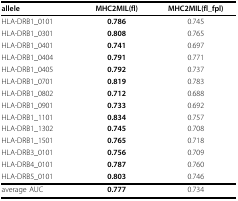
<table><thead><tr><td><b>allele</b></td><td><b>MHC2MIL(fl)</b></td><td><b>MHC2MIL(fl_fpl)</b></td></tr></thead><tbody><tr><td>HLA-DRB1_0101</td><td><b>0.786</b></td><td>0.745</td></tr><tr><td>HLA-DRB1_0301</td><td><b>0.808</b></td><td>0.765</td></tr><tr><td>HLA-DRB1_0401</td><td><b>0.741</b></td><td>0.697</td></tr><tr><td>HLA-DRB1_0404</td><td><b>0.791</b></td><td>0.771</td></tr><tr><td>HLA-DRB1_0405</td><td><b>0.792</b></td><td>0.737</td></tr><tr><td>HLA-DRB1_0701</td><td><b>0.819</b></td><td>0.783</td></tr><tr><td>HLA-DRB1_0802</td><td><b>0.712</b></td><td>0.688</td></tr><tr><td>HLA-DRB1_0901</td><td><b>0.733</b></td><td>0.692</td></tr><tr><td>HLA-DRB1_1101</td><td><b>0.834</b></td><td>0.757</td></tr><tr><td>HLA-DRB1_1302</td><td><b>0.745</b></td><td>0.708</td></tr><tr><td>HLA-DRB1_1501</td><td><b>0.765</b></td><td>0.718</td></tr><tr><td>HLA-DRB3_0101</td><td><b>0.756</b></td><td>0.709</td></tr><tr><td>HLA-DRB4_0101</td><td><b>0.787</b></td><td>0.760</td></tr><tr><td>HLA-DRB5_0101</td><td><b>0.803</b></td><td>0.746</td></tr><tr><td>average AUC</td><td><b>0.777</b></td><td>0.734</td></tr></tbody></table>